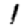
Digit: 1